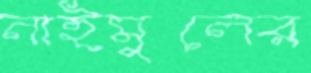
নাইমুলের